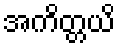
အကိတ္တယိ